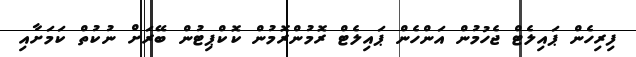
ފިރިހެން ޕައިލެޓް ޖެހުމުން އަންހެން ޕައިލެޓް ރޮމުންރޮމުން ކޮކްޕިޓުން ބޭރަށް ނުކުތް ކަމަށާއި